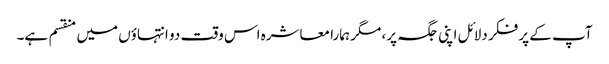
آپ کے پر فکر دلائل اپنی جگہ پر، مگر ہمارا معاشرہ اس وقت دو انتہاؤں میں منقسم ہے۔